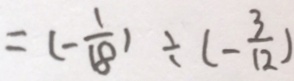
= ( - \frac { 1 } { 1 8 } ) \div ( - \frac { 3 } { 1 2 } )